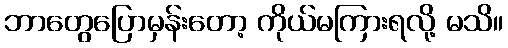
ဘာတွေပြောမှန်းတော့ ကိုယ်မကြားရလို့ မသိ။